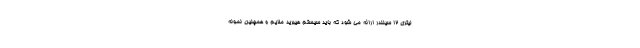
لیتری 12 سیلندر ارائه می شود که باید سیستم هیبرید ملایم و همچنین نمونه